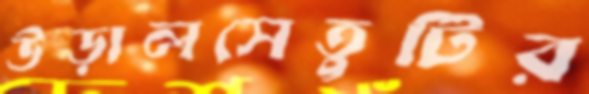
উড়ালসেতুটির